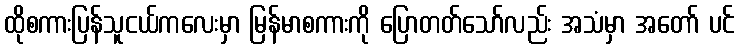
ထိုစကားပြန်သူငယ်ကလေးမှာ မြန်မာစကားကို ပြောတတ်သော်လည်း အသံမှာ အတော် ပင်